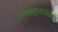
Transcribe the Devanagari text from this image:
बजावल्यानंतर